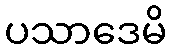
ပသာဒေမိ